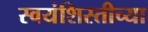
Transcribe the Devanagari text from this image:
स्वयंशिस्तीच्या